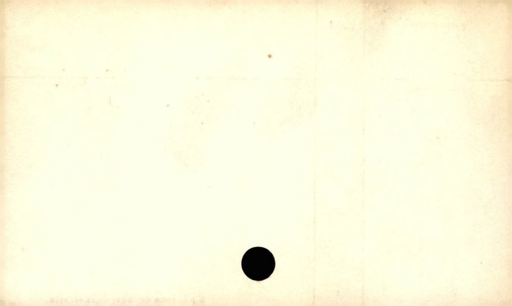
Label: blank